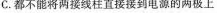
C.都不能将两接线柱直接接到电源的两极上